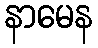
နာမေန